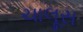
ચાલૂસ